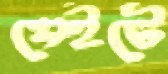
সেইটে